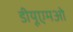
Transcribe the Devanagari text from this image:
डीयूएमओ